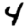
Digit: 4